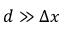
d \gg \Delta x